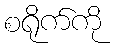
စရိုက်ကို